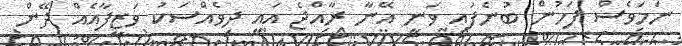
ނަމަވެސް ފަހުން ބުނެފައި ވަނީ އޭނާ ރާއްޖެ އައީ ދިވެއްސަކު ވަޒީފާއެއް ދޭން